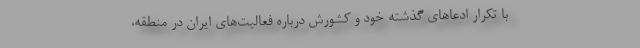
با تکرار ادعاهای گذشته خود و کشورش درباره فعالیت‌های ایران در منطقه،